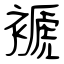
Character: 褫